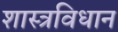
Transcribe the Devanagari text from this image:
शास्त्रविधान